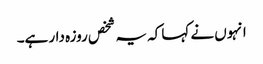
انہوں نے کہا کہ یہ شخص روزہ دار ہے۔